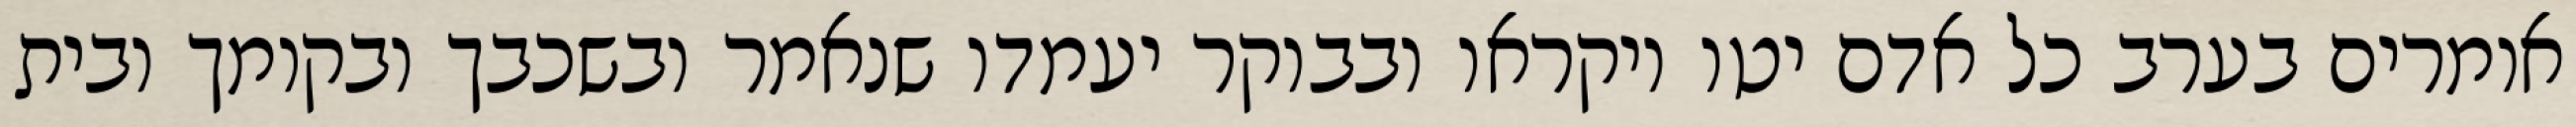
אומרים בערב כל אדם יטו ויקראו ובבוקר יעמדו שנאמר ובשכבך ובקומך ובית